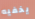
يخفيه